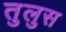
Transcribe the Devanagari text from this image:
तुलुस